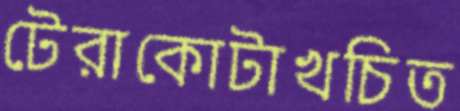
টেরাকোটাখচিত